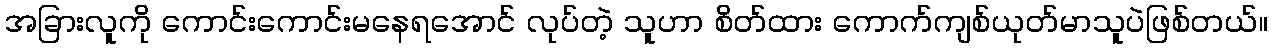
အခြားလူကို ကောင်းကောင်းမနေရအောင် လုပ်တဲ့ သူဟာ စိတ်ထား ကောက်ကျစ်ယုတ်မာသူပဲဖြစ်တယ်။